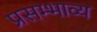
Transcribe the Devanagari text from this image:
प्रसम्भाव्य